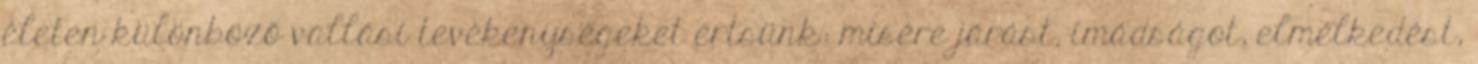
életen különböző vallási tevékenységeket értsünk: misére járást, imádságot, elmélkedést,